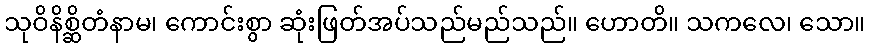
သုဝိနိစ္ဆိတံနာမ၊ ကောင်းစွာ ဆုံးဖြတ်အပ်သည်မည်သည်။ ဟောတိ။ သကလေ၊ သော။